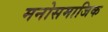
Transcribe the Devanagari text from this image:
मनोसमाजिक